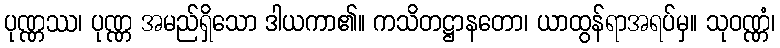
ပုဏ္ဏဿ၊ ပုဏ္ဏ အမည်ရှိသော ဒါယကာ၏။ ကသိတဋ္ဌာနတော၊ ယာထွန်ရာအရပ်မှ။ သုဝဏ္ဏံ၊